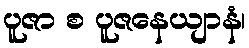
ပူဇာ စ ပူဇနေယျာနံ၊